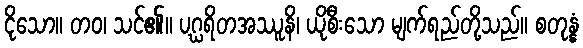
ငိုသော။ တဝ၊ သင်၏။ ပဂ္ဃရိတအဿူနိ၊ ယိုစီးသော မျက်ရည်တို့သည်။ စတုန္နံ